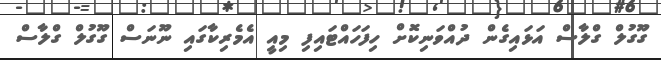
ގޫގުލް ގްލާސް އަޅައިގެން ދުއްވަނިކޮށް ހިފަހައްޓައިފި މިއީ އެމެރިކާގައި ނޫނަސް ގޫގުލް ގްލާސް